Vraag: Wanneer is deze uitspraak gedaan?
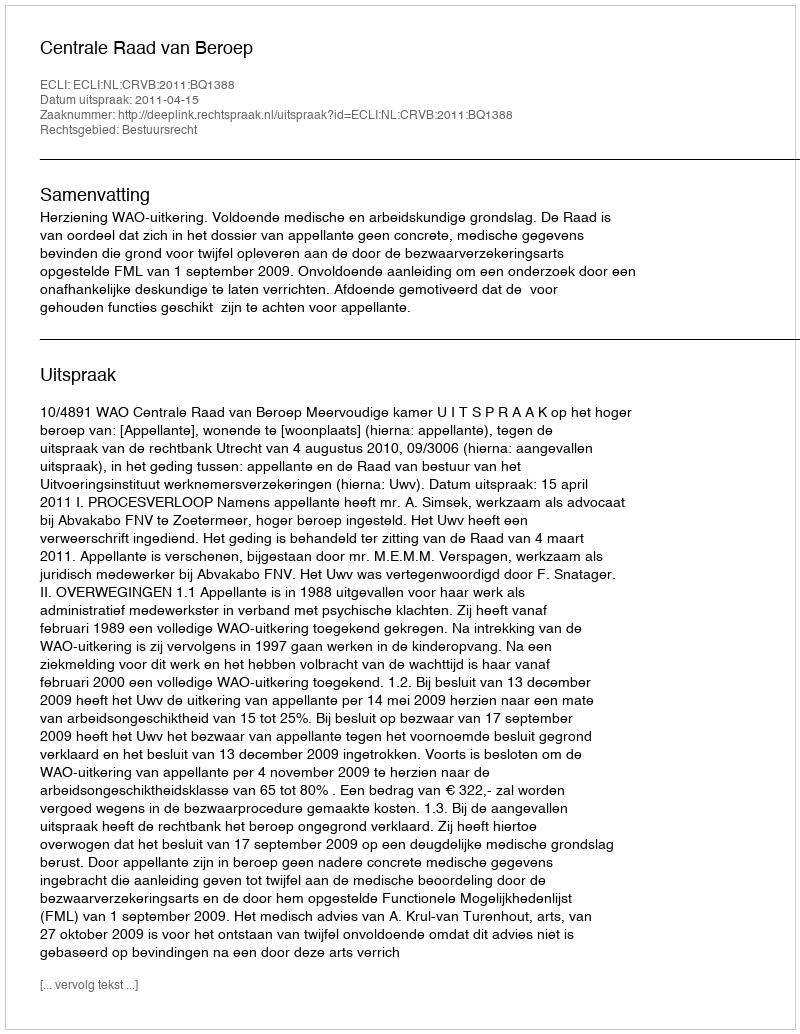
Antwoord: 2011-04-15